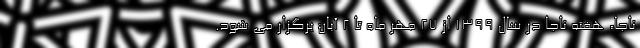
ناجا، هفته ناجا در سال ۱۳۹۹ از ۲۷ مهر ماه تا ۲ آبان برگزار می شود.